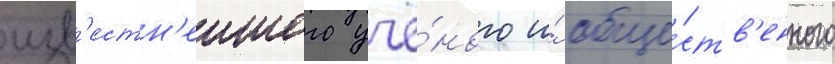
изв'естн'еишего учё́ного и́ обще́ств'енного